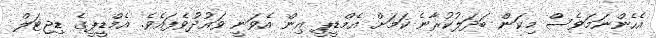
އެހެންނަމަވެސް މިކަން ބަދަލުކުރާނެ ކަމަށް އެމްޑީޕީ އިން އެވަނީ ވައުދުވެފައެވެ. އެމްޑީޕީގެ ޑިޖިޓަލް